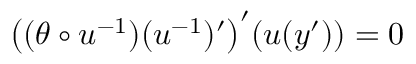
\big ( ( \theta \circ u ^ { - 1 } ) ( u ^ { - 1 } ) ^ { \prime } \big ) ^ { \prime } ( u ( y ^ { \prime } ) ) = 0